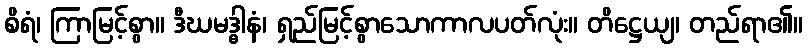
စိရံ၊ ကြာမြင့်စွာ။ ဒီဃမဒ္ဓါနံ၊ ရှည်မြင့်စွာသောကာလပတ်လုံး။ တိဋ္ဌေယျ၊ တည်ရာ၏။